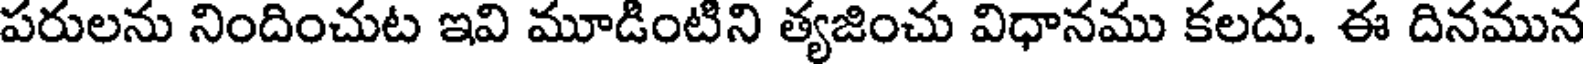
పరులను నిందించుట ఇవి మూడింటిని త్యజించు విధానము కలదు. ఈ దినమున